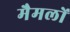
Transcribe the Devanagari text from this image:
मैमलों